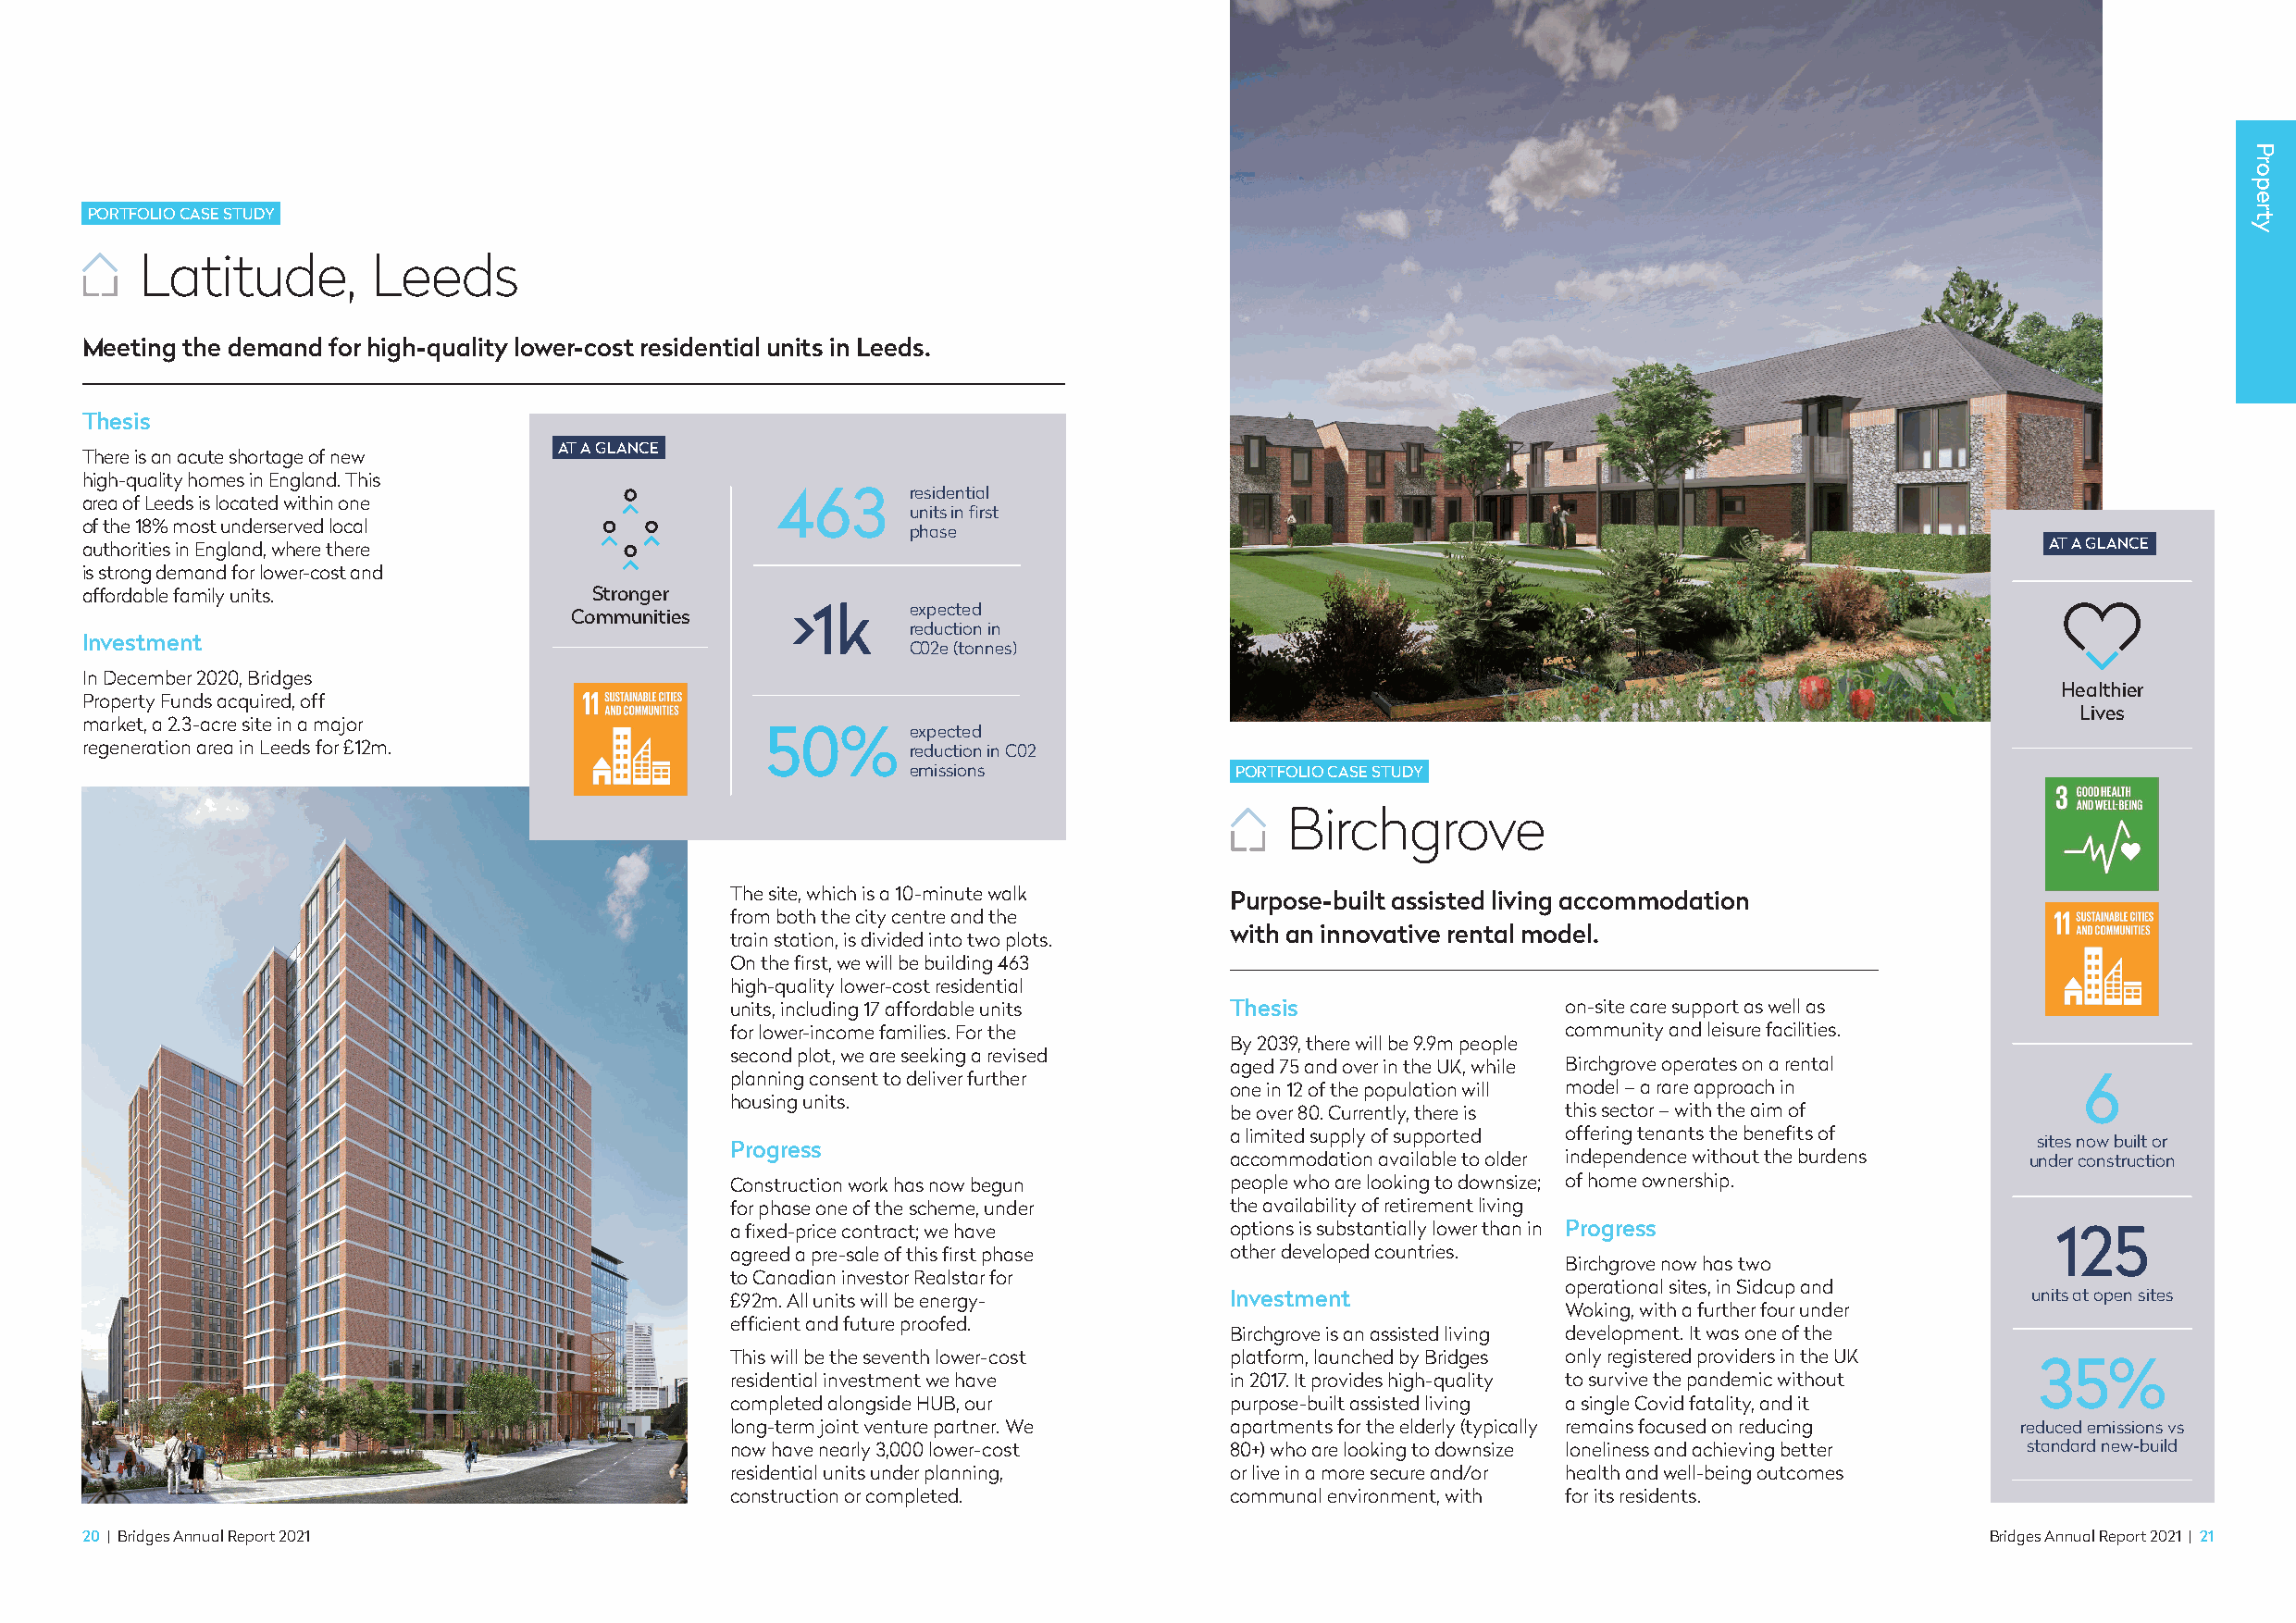
PORTFOLIO CASE STUDY
 Latitude,        Leeds
 Meeting the demand for high-quality lower-cost residential units in Leeds.
 Thesis
 AT A GLANCE
 There is an acute shortage of new
 high-quality homes in England. This
 463      residential
 area of Leeds is located within one
 units in first
 of the 18% most underserved local
 phase
 authorities in England, where there                                                                                                          AT A GLANCE
 is strong demand for lower-cost and
 affordable family units.            Stronger
 >1k     expected
 Communities
 reduction in
 Investment
 C02e (tonnes)
 In December 2020, Bridges
 Healthier
 Property Funds acquired, off
 Lives
 market, a 2.3-acre site in a major
 50%       expected
 regeneration area in Leeds for £12m.                       reduction in C02
 emissions              PORTFOLIO CASE STUDY
 Birchgrove
 The site, which is a 10-minute walk Purpose-built assisted living accommodation
 from both the city centre and the
 with an innovative rental model.
 train station, is divided into two plots.
 On the first, we will be building 463
 high-quality lower-cost residential
 units, including 17 affordable units Thesis                 on-site care support as well as
 for lower-income families. For the                          community and leisure facilities.
 By 2039, there will be 9.9m people
 second plot, we are seeking a revised
 aged 75 and over in the UK, while Birchgrove operates on a rental
 planning consent to deliver further                                                              6
 one in 12 of the population will model – a rare approach in
 housing units.
 be over 80. Currently, there is this sector – with the aim of
 a limited supply of supported offering tenants the benefits of
 Progress                                                                                      sites now built or
 accommodation available to older independence without the burdens under construction
 Construction work has now begun     people who are looking to downsize; of home ownership.
 for phase one of the scheme, under  the availability of retirement living
 a fixed-price contract; we have     options is substantially lower than in Progress            125
 agreed a pre-sale of this first phase other developed countries.
 Birchgrove now has two
 to Canadian investor Realstar for
 operational sites, in Sidcup and
 £92m. All units will be energy-     Investment                                               units at open sites
 Woking, with a further four under
 efficient and future proofed.
 Birchgrove is an assisted living development. It was one of the
 This will be the seventh lower-cost platform, launched by Bridges only registered providers in the UK
 35%
 residential investment we have      in 2017. It provides high-quality to survive the pandemic without
 completed alongside HUB, our        purpose-built assisted living a single Covid fatality, and it
 long-term joint venture partner. We apartments for the elderly (typically remains focused on reducing reduced emissions vs
 now have nearly 3,000 lower-cost    80+) who are looking to downsize loneliness and achieving better standard new-build
 residential units under planning,   or live in a more secure and/or health and well-being outcomes
 construction or completed.          communal environment, with for its residents.
 20 | Bridges Annual Report 2021                                                                                                         Bridges Annual Report 2021 | 21
 Property